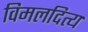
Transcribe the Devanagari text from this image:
विमलदित्य